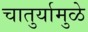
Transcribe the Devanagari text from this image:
चातुर्यामुळे